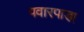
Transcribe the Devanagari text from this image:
पवारपाडा